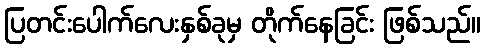
ပြတင်းပေါက်လေးနှစ်ခုမှ တိုက်နေခြင်း ဖြစ်သည်။